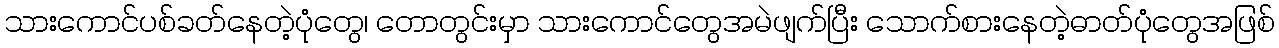
သားကောင်ပစ်ခတ်နေတဲ့ပုံတွေ၊ တောတွင်းမှာ သားကောင်တွေအမဲဖျက်ပြီး သောက်စားနေတဲ့ဓာတ်ပုံတွေအဖြစ်